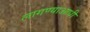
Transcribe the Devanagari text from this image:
लागण्याआधी